Burma Government Medical School reports 1923-41
Year: 1923
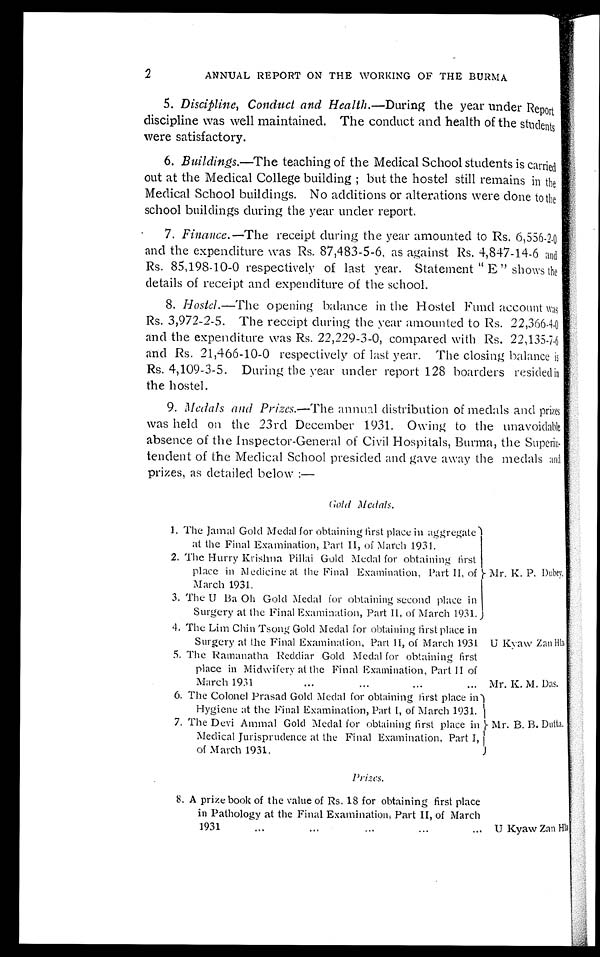
2
ANNUAL REPORT ON THE WORKING OF THE BURMA
5.
Discipline, Conduct and Health. —During the year under Report
discipline was well maintained. The conduct and health of the students
were satisfactory.
6. Buildings. —The teaching of the Medical School students is carried
out at the Medical College building ; but the hostel still remains in the
Medical School buildings. No additions or alterations were done to the
school buildings during the year under report.
7. Finance. —The receipt during the year amounted to Rs. 6,556-2-0
and the expenditure was Rs. 87,483-5-6, as against Rs. 4,847-14-6 and
Rs. 85,198-10-0 respectively of last year. Statement " E " shows the
details of receipt and expenditure of the school.
8. Hostel. —The opening balance in the Hostel Fund account was
Rs. 3,972-2-5. The receipt during the year amounted to Rs. 22,366-4-0
and the expenditure was Rs. 22,229-3-0, compared with Rs. 22,135-7-6
and Rs. 21,466-10-0 respectively of last year. The closing balance is
Rs. 4,109-3-5. During the year under report 128 boarders resided in
the hostel.
9. Medals and Prizes .—The annual distribution of medals and prizes
was held on the 23rd December 1931. Owing to the unavoidable
absence of the Inspector-General of Civil Hospitals, Burma, the
Superintendent of the Medical School presided and gave away the medals and
prizes, as detailed below :—
Gold Medals.
1. The Jamal Gold Medal for obtaining first place in aggregate
at the Final Examination, Part II, of March 1931.
Mr. K. P. Dubey.
2. The Hurry Krishna Pillai Gold Medal for obtaining first
place in Medicine at the Final Examination, Part II, of
March 1931.
3. The U Ba Oh Gold Medal for obtaining second place in
Surgery at the Final Examination, Part II, of March 1931.
4. The Lim Chin Tsong Gold Medal for obtaining first place in
Surgery at the Final Examination, Part II, of March 1931 U Kyaw Zan Hla.
5. The Ramanatha Reddiar Gold Medal for obtaining first
place in Midwifery at the Final Examination, Part II of
March 1931
...
...
...
... Mr. K. M. Das.
6. The Colonel Prasad Gold Medal for obtaining first place in
Hygiene at the Final Examination, Part I, of March 1931.
Mr. B. B. Dutta .
7. The Devi Ammal Gold Medal for obtaining first place in
Medical Jurisprudence at the Final Examination, Part I,
of March 1931.
Prizes.
8. A prize book of the value of Rs. 18 for obtaining first place
in Pathology at the Final Examination, Part II, of March 1 9 3 1 . . . . . . . . . . . . . . .
U Kyaw Zan Hla.